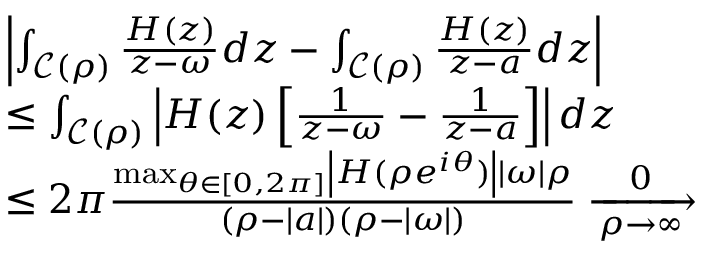
\begin{array} { r } { \begin{array} { r l } & { \left| \int _ { \mathcal { C } ( \rho ) } \frac { H ( z ) } { z - \omega } d z - \int _ { \mathcal { C } ( \rho ) } \frac { H ( z ) } { z - a } d z \right| } \\ & { \leq \int _ { \mathcal { C } ( \rho ) } \left| H ( z ) \left[ \frac { 1 } { z - \omega } - \frac { 1 } { z - a } \right] \right| d z } \\ & { \leq 2 \pi \frac { \operatorname* { m a x } _ { \theta \in [ 0 , 2 \pi ] } \left| H ( \rho e ^ { i \theta } ) \right| | \omega | \rho } { ( \rho - | a | ) ( \rho - | \omega | ) } \xrightarrow [ \rho \rightarrow \infty ] 0 } \end{array} } \end{array}